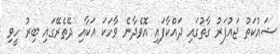
ޝައުކަތު ޖައުފަރު ގާތުގައި ދައްކާފައި އޮވެދާނެ ވާހަކަ އަކާއި ދޭތެރޭގައި ބިރު ހީވި